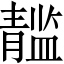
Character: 𲊘